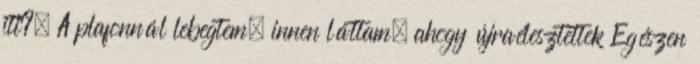
itt?« A plafonnál lebegtem, innen láttam, ahogy újraélesztettek Egészen